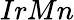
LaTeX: IrMn